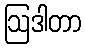
ဩဒါတာ